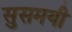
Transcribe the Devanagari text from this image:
सुसमयी